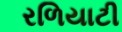
રળિયાટી